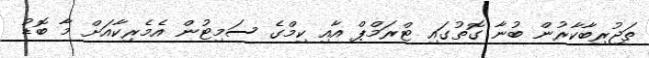
ތަޖުރިބާކާރުން ބުނާ ގޮތުގައި ޓްރަމްޕް އާއި ކިމްގެ ސަމިޓުން އެމެރިކާއަށް މާ ބޮޑު